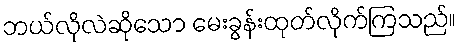
ဘယ်လိုလဲဆိုသော မေးခွန်းထုတ်လိုက်ကြသည်။